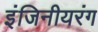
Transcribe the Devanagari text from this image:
इंजिनीयरंग